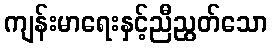
ကျန်းမာရေးနှင့်ညီညွတ်သော